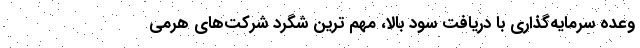
وعده‌ سرمایه‌گذاری با دریافت سود بالا، مهم ترین شگرد شرکت‌های هرمی